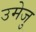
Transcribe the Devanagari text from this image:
उमेजु